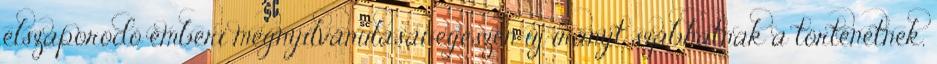
elszaporodó emberi megnyilvánulásai egészen új irányt szabhatnak a történetnek,